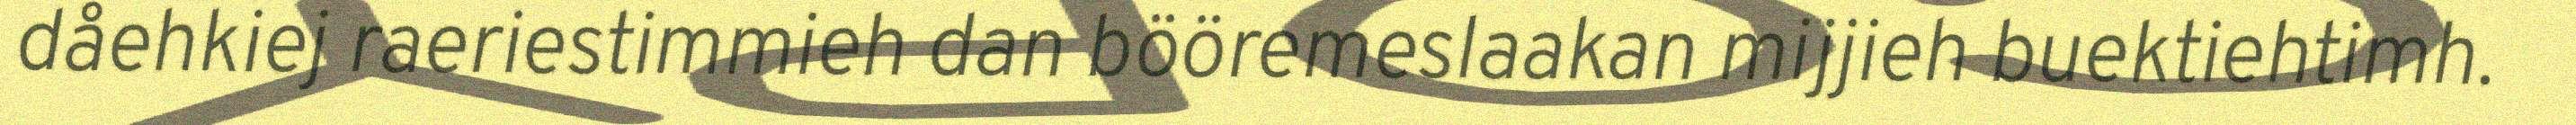
dåehkiej raeriestimmieh dan bööremeslaakan mijjieh buektiehtimh.